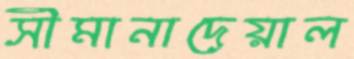
সীমানাদেয়াল